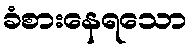
ခံစားနေရသော